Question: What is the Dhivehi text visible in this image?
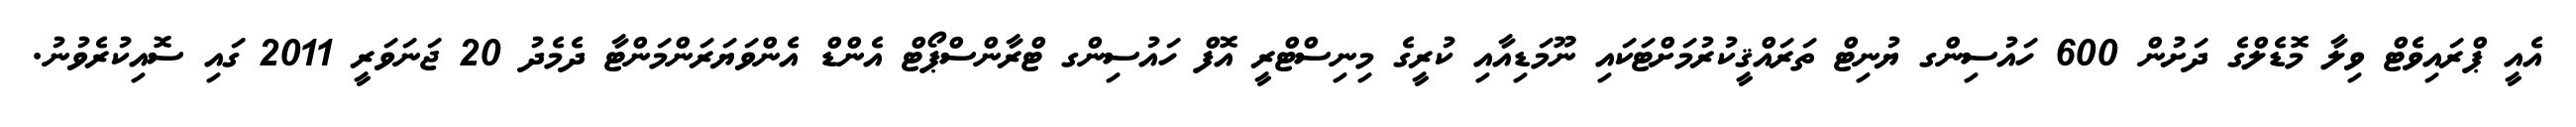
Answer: އެއީ ޕްރައިވެޓް ވިލާ މޮޑެލްގެ ދަށުން 600 ހައުސިންގ ޔުނިޓް ތަރައްޤީކުރުމަށްޓަކައި ނޫމަޑިއާއި ކުރީގެ މިނިސްޓްރީ އޮފް ހައުސިންގ ޓްރާންސްޕޯޓް އެންޑް އެންވަޔަރަންމަންޓާ ދެމެދު 20 ޖަނަވަރީ 2011 ގައި ސޮއިކުރެވުނު.